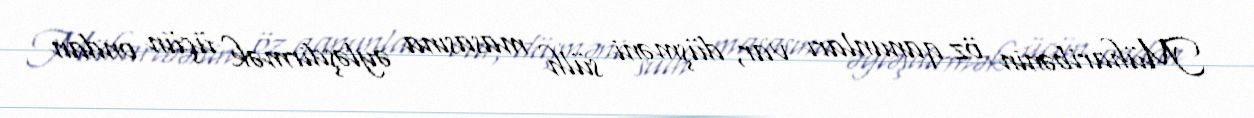
Müharibənin öz qanunları var, düşməni sülh masasına əyləşdirmək üçün ondan